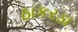
ઠાકરડા